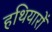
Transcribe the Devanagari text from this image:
हथियारोँ